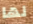
لها